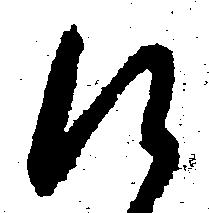
え